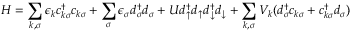
H = \sum _ { k , \sigma } \epsilon _ { k } c _ { k \sigma } ^ { \dagger } c _ { k \sigma } + \sum _ { \sigma } \epsilon _ { \sigma } d _ { \sigma } ^ { \dagger } d _ { \sigma } + U d _ { \uparrow } ^ { \dagger } d _ { \uparrow } d _ { \downarrow } ^ { \dagger } d _ { \downarrow } + \sum _ { k , \sigma } V _ { k } ( d _ { \sigma } ^ { \dagger } c _ { k \sigma } + c _ { k \sigma } ^ { \dagger } d _ { \sigma } )